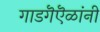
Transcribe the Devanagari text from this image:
गाडगॆऎळांनी